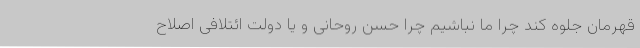
قهرمان جلوه کند چرا ما نباشیم چرا حسن روحانی و یا دولت ائتلافی اصلاح